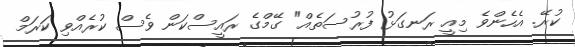
ކުރޭ. އެހެންވެ މިއީ ރަނގަޅު ފުރުސަތެއް" ގޭމްގެ ރައީސްކަން ވެސް ކުރެއްވި ކަރަމް